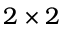
2 \times 2